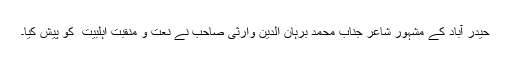
حیدر آباد کے مشہور شاعر جناب محمد برہان الدین وارثی صاحب نے نعت و منقبت اہلبیت ؑ کو پیش کیا۔